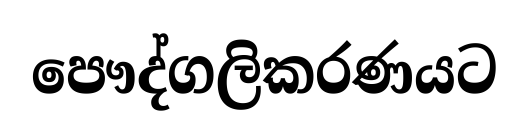
පෞද්ගලිකරණයට